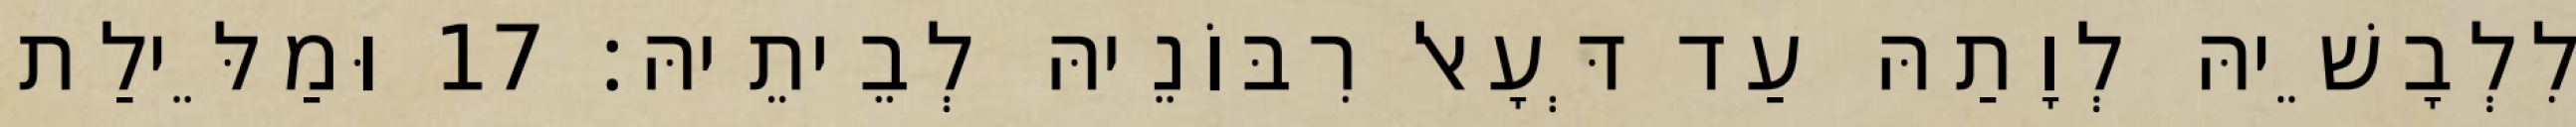
לִלְבָשֵׁיהּ לְוָתַהּ עַד דְּעָאל רִבּוֹנֵיהּ לְבֵיתֵיהּ׃ 17 וּמַלֵּילַת